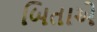
બિતાએ